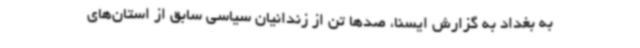
به بغداد به گزارش ایسنا، صدها تن از زندانیان سیاسی سابق از استان‌های